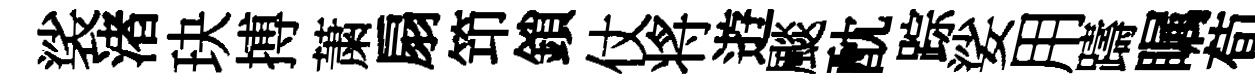
裟渚玦搏䔥扇笻鎖仗将逰颷酖踪娑用躊瞩荀